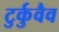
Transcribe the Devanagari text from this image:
टुर्कुवैव